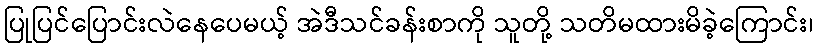
ပြုပြင်ပြောင်းလဲနေပေမယ့် အဲဒီသင်ခန်းစာကို သူတို့ သတိမထားမိခဲ့ကြောင်း၊